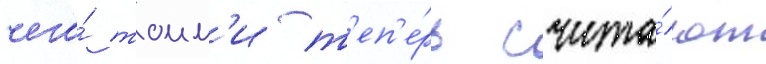
чего́ томм'и т'еп'е́рь счита́ют